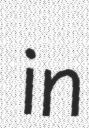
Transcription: in